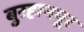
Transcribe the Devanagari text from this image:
बुरहानपूर